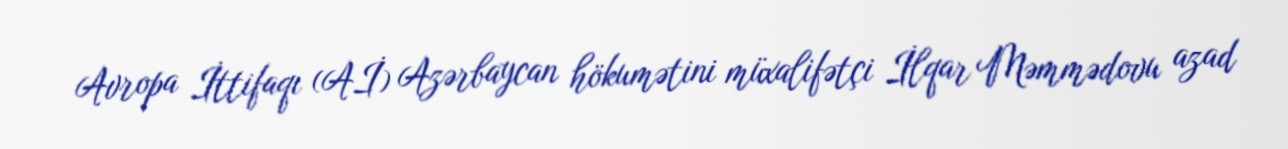
Avropa İttifaqı (Aİ) Azərbaycan hökumətini müxalifətçi İlqar Məmmədovu azad